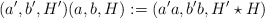
\begin{align*}(a',b',H')(a,b,H):=(a'a,b'b,H'\star H)\end{align*}